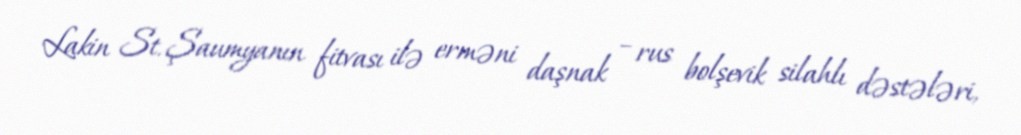
Lakin St. Şaumyanın fitvası ilə erməni daşnak – rus bolşevik silahlı dəstələri,